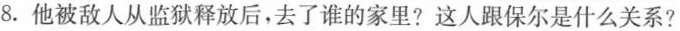
8.他被敌人从监狱释放后，去了谁的家里?这人跟保尔是什么关系?